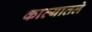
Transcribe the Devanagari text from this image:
काव्यातले